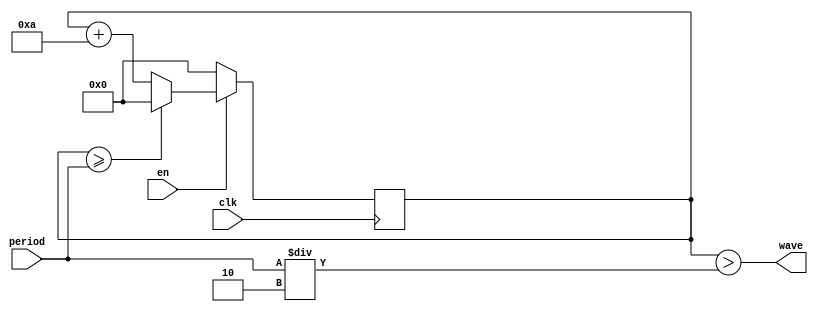
`timescale 1ns / 1ps
//////////////////////////////////////////////////////////////////////////////////
// Company: 
// Engineer: 
// 
// Design Name: 
// Module Name:    wave_generator 
// Project Name: 
// Target Devices: 
// Tool versions: 
// Description: 
//
// Dependencies: 
//
// Revision: 
// Revision 0.01 - File Created
// Additional Comments: 
//
//////////////////////////////////////////////////////////////////////////////////
module wave_generator(
    input clk,
    input en,
    input [31:0] period,
    output wave
    );

    parameter clk_period = 10;

    reg [31:0] counter = 0;

    assign wave = counter > period / 2;

    always@(posedge clk)begin
        if (en) begin
            counter <= counter + clk_period;
            if(counter >= period) counter <= 0;
        end
        else begin
            counter <= 0;
        end
    end
endmodule